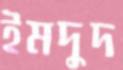
ইমদুদ